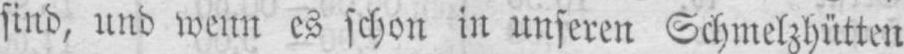
sind, und wenn es schon in unseren Schmelzhütten